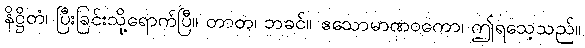
နိဋ္ဌိတံ၊ ပြီးခြင်းသို့ရောက်ပြီ။ တာတ၊ ဘခင်။ ဧသောမာဏဝကော၊ ဤရသေ့သည်။